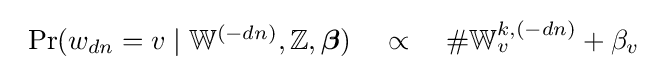
{\begin{array}{lcl}\Pr(w_{dn}=v\mid \mathbb {W} ^{(-dn)},\mathbb {Z} ,{\boldsymbol {\beta }})\ &\propto \ &\#\mathbb {W} _{v}^{k,(-dn)}+\beta _{v}\\\end{array}}